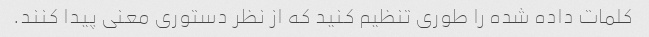
کلمات داده شده را طوری تنظیم کنید که از نظر دستوری معنی پیدا کنند.